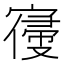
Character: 𡪢